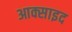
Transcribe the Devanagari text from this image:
आक्साइद